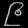
Digit: ၉